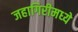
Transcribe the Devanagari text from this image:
जहागिरीमध्‍ये